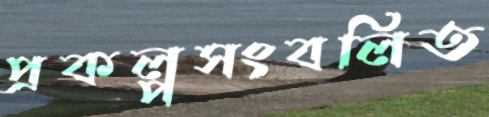
প্রকল্পসংবলিত